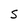
Character: S